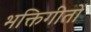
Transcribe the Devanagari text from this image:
भक्तिगीतों